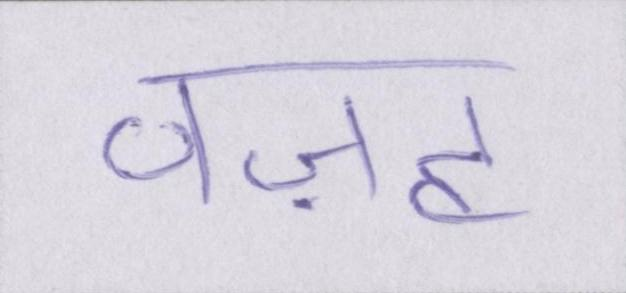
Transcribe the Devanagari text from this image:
वज़ह